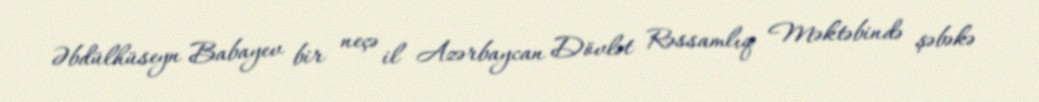
Əbdülhüseyn Babayev bir neçə il Azərbaycan Dövlət Rəssamlıq Məktəbində şəbəkə